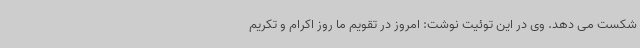
شکست می دهد. وی در این توئیت نوشت: امروز در تقویم ما روز اکرام و تکریم